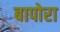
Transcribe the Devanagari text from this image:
बापोरा